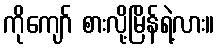
ကိုကျော် စားလို့မြိန်ရဲ့လား။